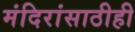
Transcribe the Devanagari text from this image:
मंदिरांसाठीही